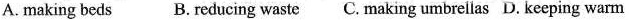
A. making beds B. Reducing waste C. Making umbrellas D. Keeping warm